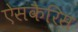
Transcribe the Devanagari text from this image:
ऐसकैरिस